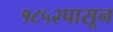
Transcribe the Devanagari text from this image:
१८५२पासून